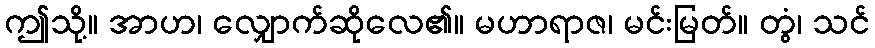
ဤသို့။ အာဟ၊ လျှောက်ဆိုလေ၏။ မဟာရာဇ၊ မင်းမြတ်။ တွံ၊ သင်